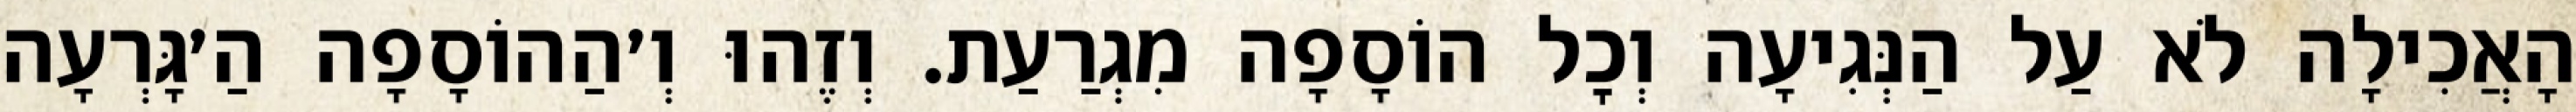
הָאֲכִילָה לֹא עַל הַנְּגִיעָה וְכׇל הוֹסָפָה מִגְרַעַת. וְזֶהוּ וְ׳הַהוֹסָפָה הַ׳גָּרְעָה